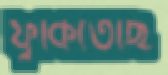
ফুঁকিতেছি